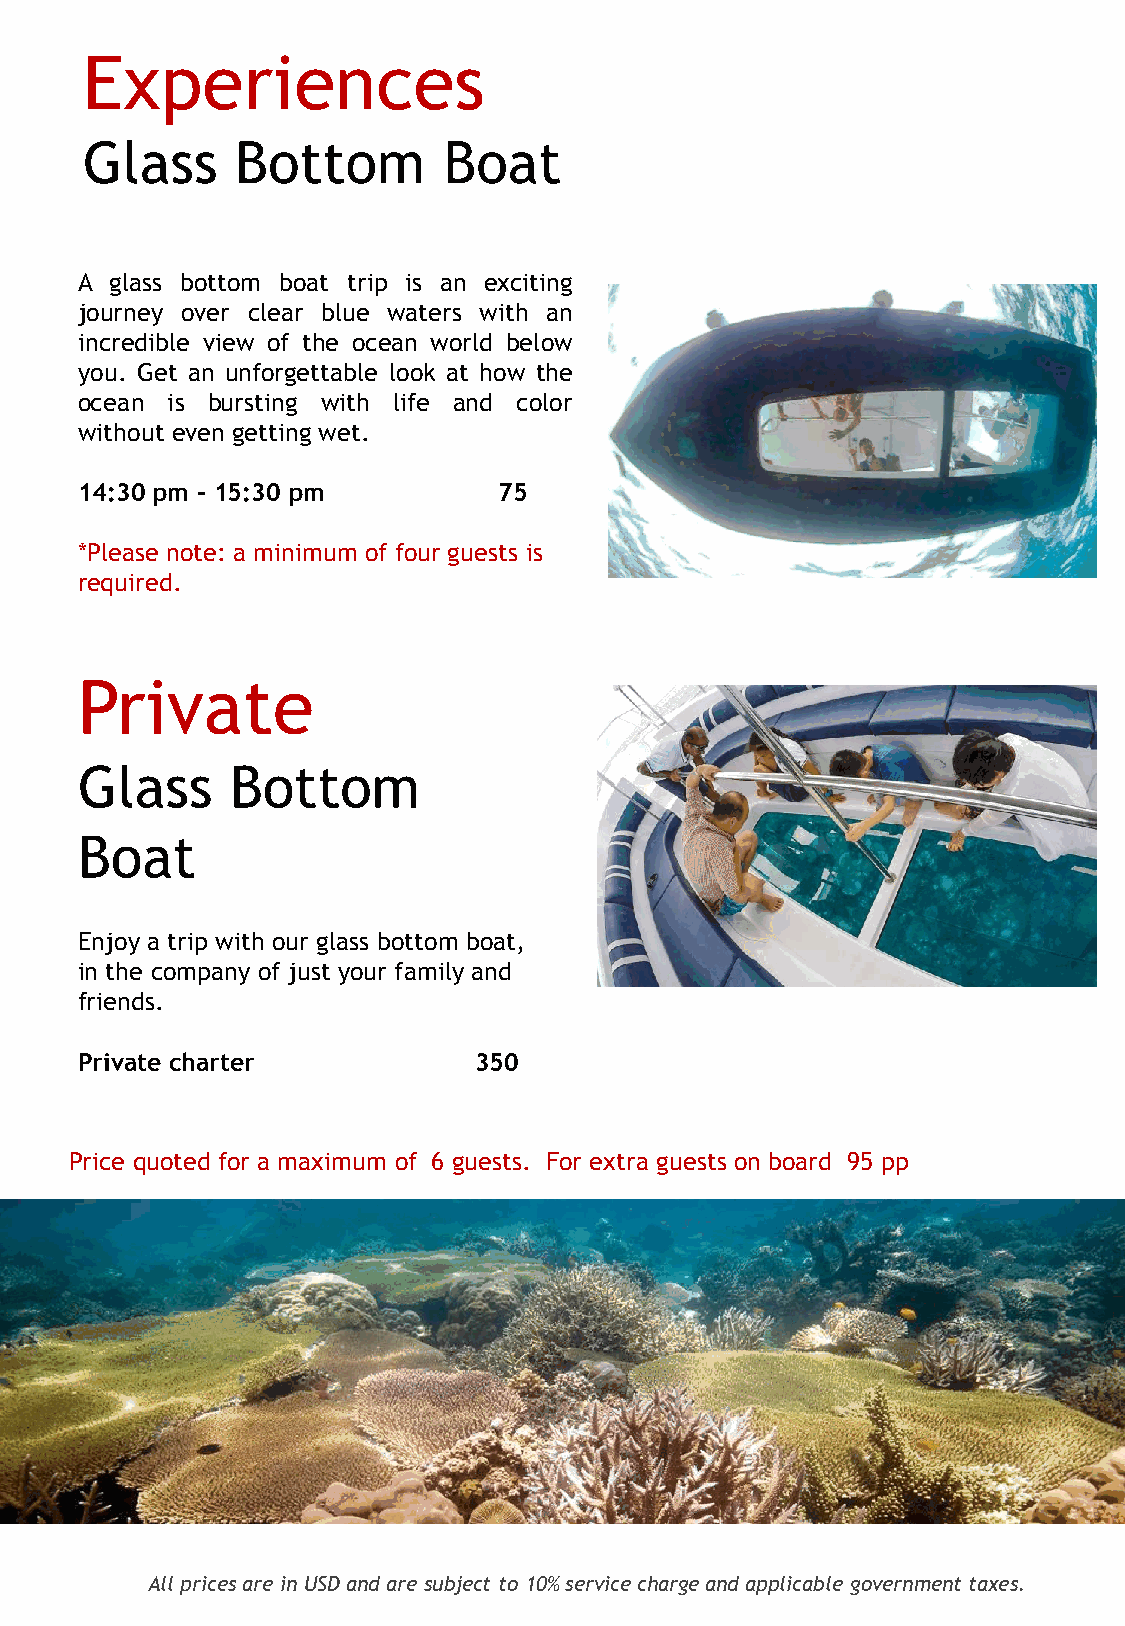
Experiences
 Glass      Bottom       Boat
 A glass bottom boat trip is an exciting
 journey over clear blue waters with an
 incredible view of the ocean world below
 you. Get an unforgettable look at how the
 ocean is bursting with life and color
 without even getting wet.
 14:30 pm – 15:30 pm         75
 *Please note: a minimum of four guests is
 required.
 Private
 Glass     Bottom
 Boat
 Enjoy a trip with our glass bottom boat,
 in the company of just your family and
 friends.
 Private charter           350
 Price quoted for a maximum of 6 guests. For extra guests on board 95 pp
 All prices are in USD and are subject to 10% service charge and applicable government taxes.